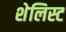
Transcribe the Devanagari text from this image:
शेलिस्ट